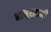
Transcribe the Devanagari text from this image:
भानुसप्तमी